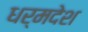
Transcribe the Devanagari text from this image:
धर्मदेश